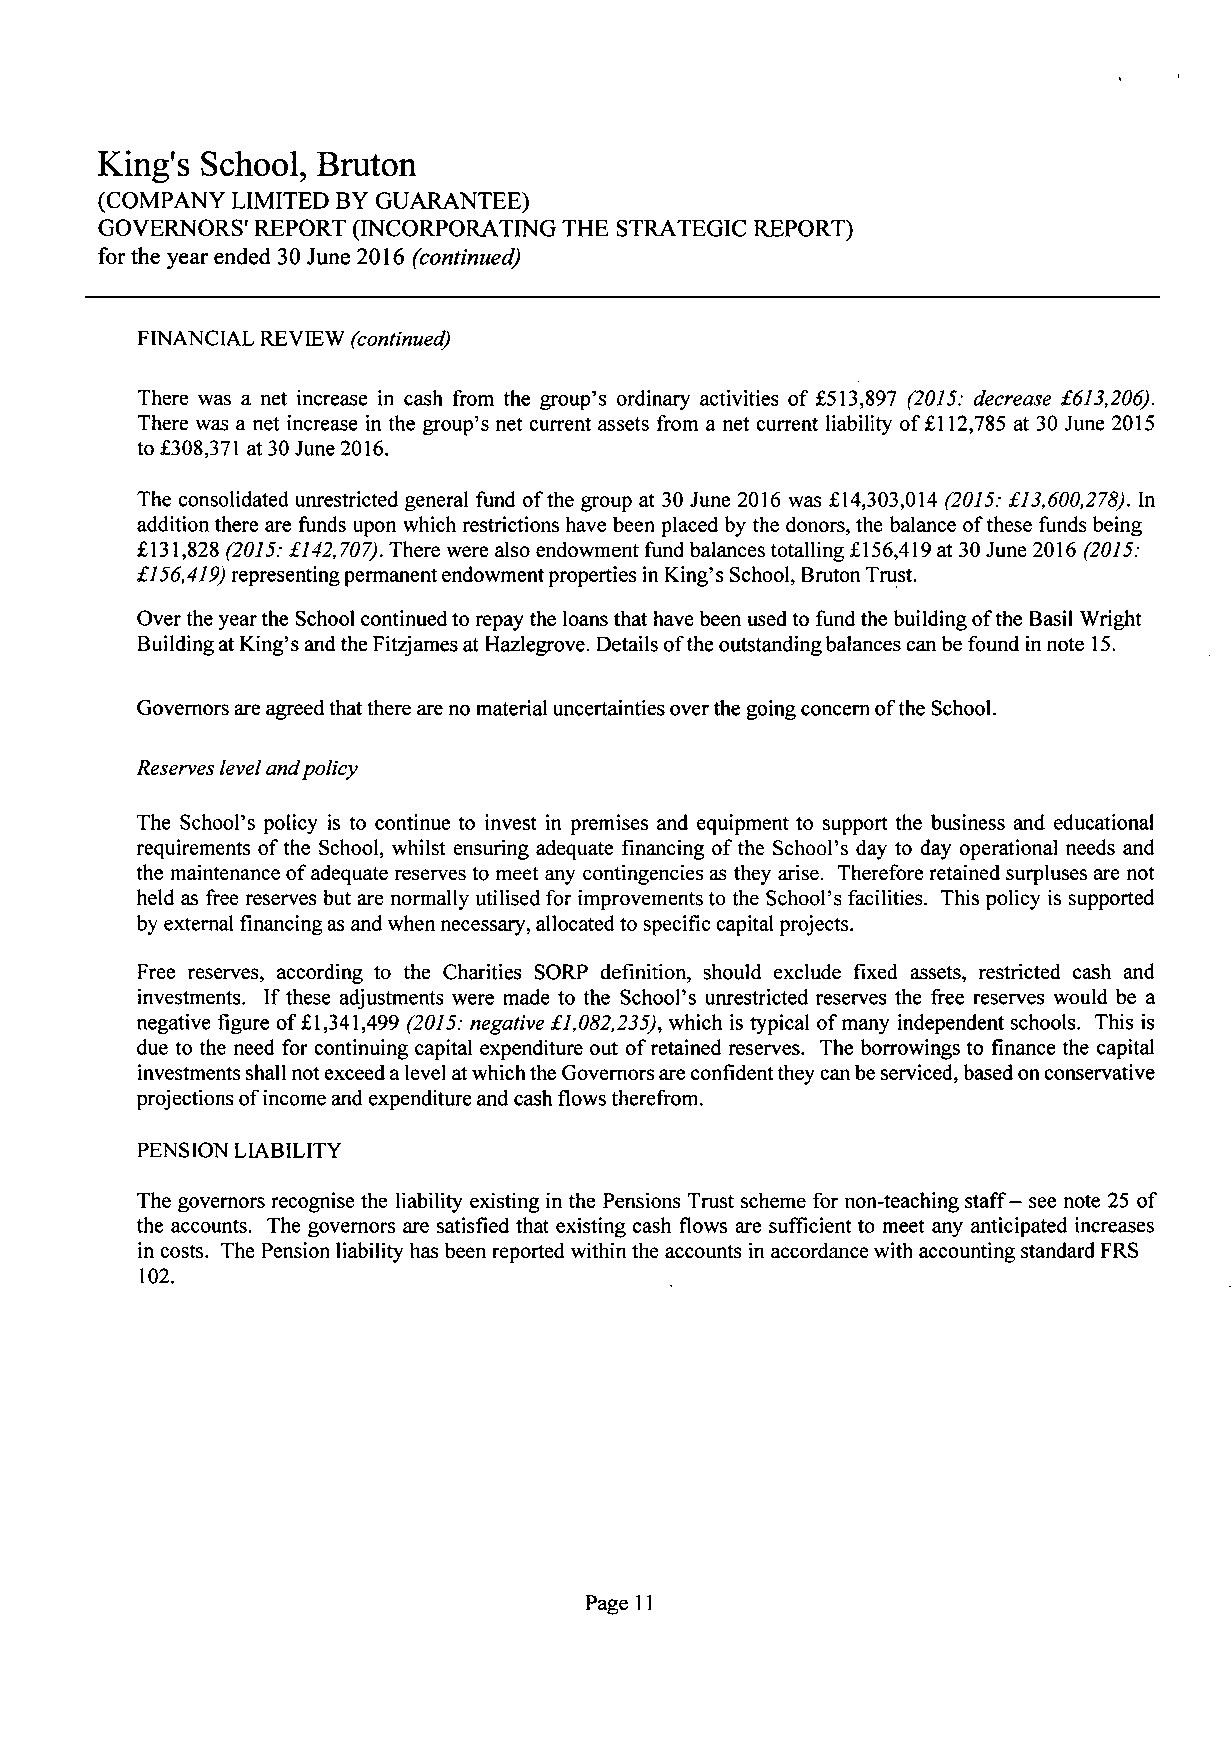
King's School,  Bruton
 (COMPANY LIMITED BY GUARANTEE)
 GOVERNORS' REPORT (INCORPORATING THE STRATEGIC REPORT)
 for the year ended 30 June 2016 (continued)
 FINANCIAL REVIEW (continued)
 There was a net increase in cash from the group's ordinary activities of £513,897 (2015: decrease £613,206).
 There was a net increase in the group's net current assets from a net current liability of £112,785 at 30 June 2015
 to £308,371 at 30 June 2016.
 The consolidated unrestricted general fund ofthe group at 30 June 2016 was £14,303,014 (2015: £13,600,278). In
 addition there are funds upon which restrictions have been placed by the donors, the balance of these funds being
 £131,828 (2015: £142,707). There were also endowment fund balances totalling £156,419 at 30 June 2016 (2015:
 £156,419) representing permanent endowment properties in King's School, Bruton Trust.
 Over the year the School continued to repay the loans that have been used to fund the building of the Basil Wright
 Building at King's and the Fitzjames at Hazlegrove. Details of the outstanding balances can be found in note 15.
 Governors are agreed that there are no material uncertainties over the going concern of the School.
 Reserves level and policy
 The School's policy is to continue to invest in premises and equipment to support the business and educational
 requirements of the School, whilst ensuring adequate financing of the School's day to day operational needs and
 the maintenance of adequate reserves to meet any contingencies as they arise. Therefore retained surpluses are not
 held as free reserves but are normally utilised for improvements to the School's facilities. This policy is supported
 by external financing as and when necessary, allocated to specific capital projects.
 Free reserves, according to the Charities SORP definition, should exclude fixed assets, restricted cash and
 investments. If these adjustments were made to the School's unrestricted reserves the free reserves would be a
 negative figure of £1,341,499 (2015: negative £1,082,235), which is typical of many independent schools. This is
 due to the need for continuing capital expenditure out of retained reserves. The borrowings to finance the capital
 investments shall not exceed a level at which the Governors are confident they can be serviced, based on conservative
 projections of income and expenditure and cash flows therefrom.
 PENSION LIABILITY
 The governors recognise the liability existing in the Pensions Trust scheme for non-teaching staff - see note 25 of
 the accounts. The governors are satisfied that existing cash flows are sufficient to meet any anticipated increases
 in costs. The Pension liability has been reported within the accounts in accordance with accounting standard FRS
 102.
 Page 11